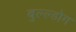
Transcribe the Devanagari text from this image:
बुल्ल्डोग